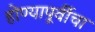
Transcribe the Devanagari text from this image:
होण्यापूर्वीचा